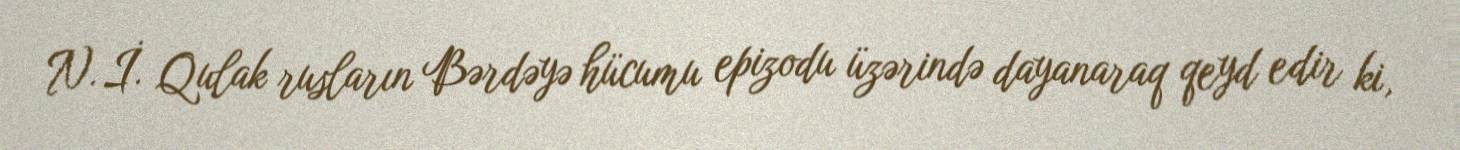
N. İ. Qulak rusların Bərdəyə hücumu epizodu üzərində dayanaraq qeyd edir ki,